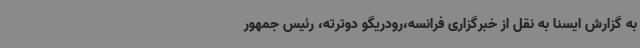
به گزارش ایسنا به نقل از خبرگزاری فرانسه،رودریگو دوترته، رئیس جمهور